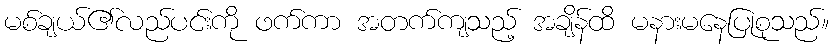
မစ်ချယ်၏လည်ပင်းကို ဖက်ကာ အတက်ကျသည့် အချိန်ထိ မနားမနေပြုစုသည်။